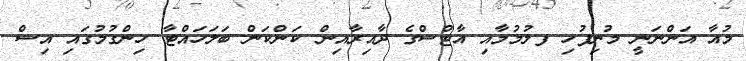
މުއާ އަންނަނީ މުނިފުހި ފލުމުމާއި އާޓްސްގެ ދާއިރާއިން ކަންކަން ބަލަހައްޓާ ހިންގުމުގައި އިސް